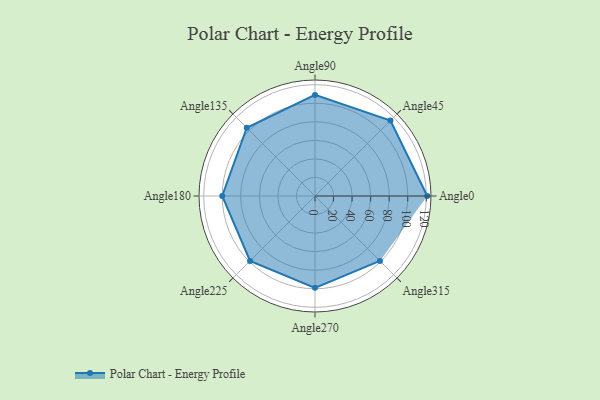
{"axis": {"x": "Angle", "y": "Radius"}, "legend": [""], "data": [{"x": "Angle0", "y": 121.0, "type": ""}, {"x": "Angle45", "y": 115.0, "type": ""}, {"x": "Angle90", "y": 109.0, "type": ""}, {"x": "Angle135", "y": 104.0, "type": ""}, {"x": "Angle180", "y": 100.0, "type": ""}, {"x": "Angle225", "y": 99.0, "type": ""}, {"x": "Angle270", "y": 99.0, "type": ""}, {"x": "Angle315", "y": 99.0, "type": ""}]}